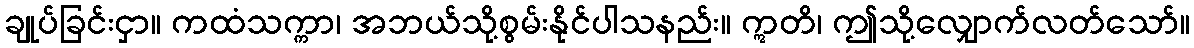
ချုပ်ခြင်းငှာ။ ကထံသက္ကာ၊ အဘယ်သို့စွမ်းနိုင်ပါသနည်း။ ဣတိ၊ ဤသို့လျှောက်လတ်သော်။